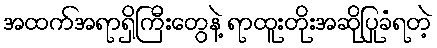
အထက်အရာရှိကြီးတွေနဲ့ ရာထူးတိုးအဆိုပြုခံရတဲ့